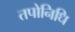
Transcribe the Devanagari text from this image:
तपोनिधि